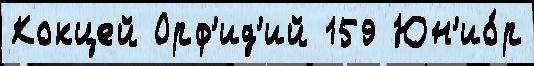
Кокцей Орф'ид'ий 159 Юн'ио́р